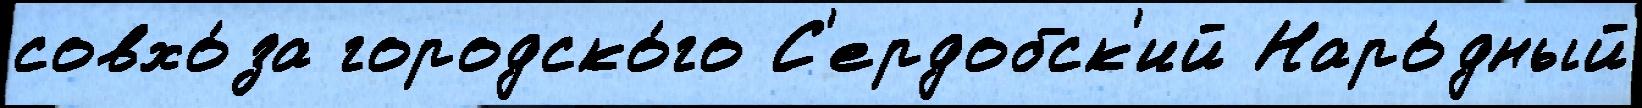
совхо́за городско́го С'ердобск'ий Наро́дный